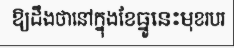
ឱ្យដឹងថានៅក្នុងខែធ្នូនេះមុខរបរ